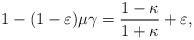
LaTeX: \begin{align*}1-(1-\varepsilon)\mu\gamma = \frac{1-\kappa}{1+\kappa} + \varepsilon,\end{align*}